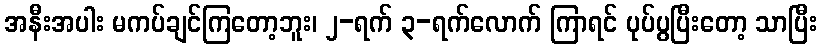
အနီးအပါး မကပ်ချင်ကြတော့ဘူး၊ ၂-ရက် ၃-ရက်လောက် ကြာရင် ပုပ်ပွပြီးတော့ သာပြီး